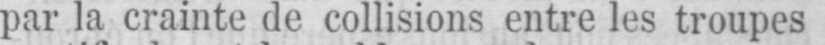
par la crainte de collisions entre les troupes